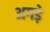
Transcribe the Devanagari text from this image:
अगड़े